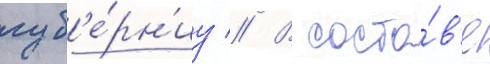
губ'е́рн'иу // В соста́в'е